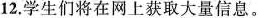
12.学生们将在网上获取大量信息.